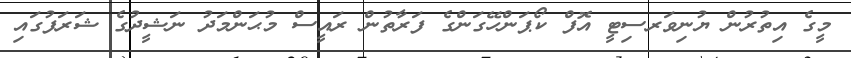
މީގެ އިތުރުން ޔުނިވަރސިޓީ އޮފް ކޯޕަންހޭގަންގެ ފަރާތުން ރައީސް މުޙަންމަދު ނަޝީދުގެ ޝަރަފުގައި